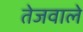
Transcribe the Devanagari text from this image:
तेजवाले